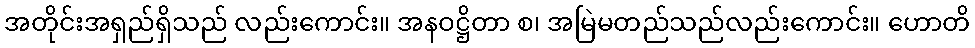
အတိုင်းအရှည်ရှိသည် လည်းကောင်း။ အနဝဋ္ဌိတာ စ၊ အမြဲမတည်သည်လည်းကောင်း။ ဟောတိ